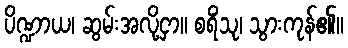
ပိဏ္ဍာယ၊ ဆွမ်းအလို့ငှာ။ စရိံသု၊ သွားကုန်၏။